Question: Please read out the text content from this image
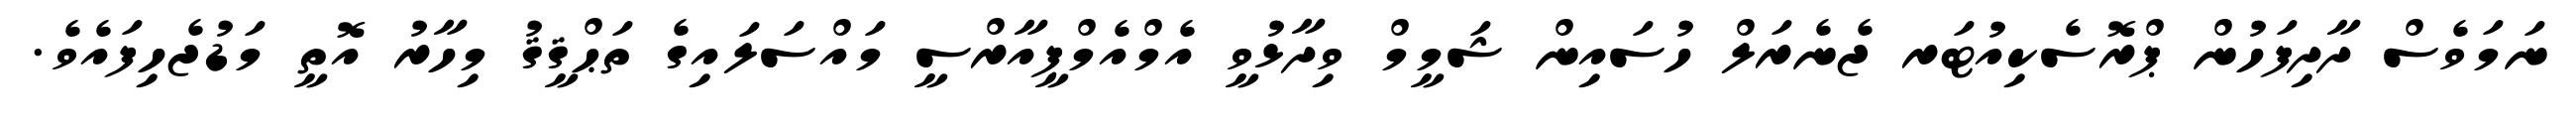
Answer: ނަމަވެސް ދާދިފަހުން ޕްރޮސެކިއުޓަރ ޖެނެރަލް ހުސައިން ޝަމީމް ވިދާޅުވީ އެމްއެމްޕީއާރްސީ މައްސަލައިގެ ތަޙްޤީޤު މިހާރު އޮތީ މަޑުޖެހިފައެވެ.